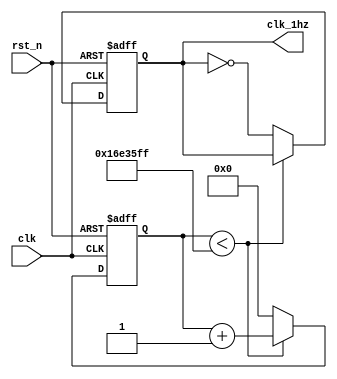
//48MHZ----->1HZ
/*
	inputclkrst_n
	output1Hzclk_1hz
	function1Hz
*/

module freq(clk, rst_n, clk_1hz);

	input clk;				//50MHZ
	input rst_n;			//
	
	output reg clk_1hz;	//1HZ
	
	reg [25:0] cnt;		//
	
	parameter cnt_num = 48_000_000 / 1 / 2 - 1;		//0.5s
	/***************/
	always @ (posedge clk or negedge rst_n)			//
	begin
		if(!rst_n)
			begin
				cnt <= 26'd0;									//
				clk_1hz <= 1'b0;								//
			end
		else
			begin
				if(cnt < cnt_num)								//0.5s
					begin
						cnt <= cnt + 26'd1;					//
					end
				else												//0.5s
					begin
						cnt <= 26'd0;							//
						clk_1hz <= ~clk_1hz;					//0.5s0.5s1s
					end
			end
	end

endmodule